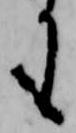
も